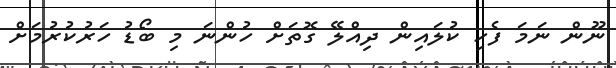
ނޫން ނަމަ ފެހި ކުލައިން ދިއްލޭ ގޮތަށް ހުންނަ މި ބޯޑު ހަރުކުރުމަށް